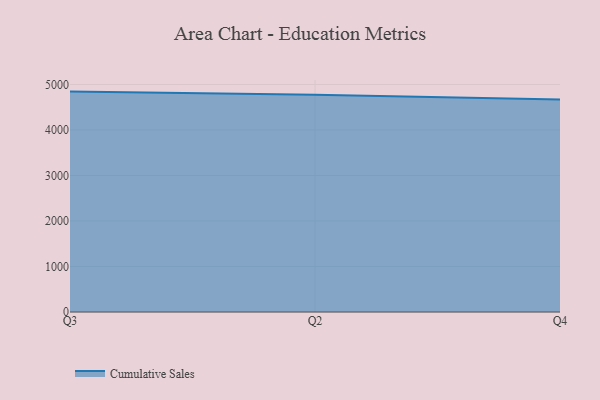
{"axis": {"x": "Quarter", "y": "Demand Index"}, "legend": ["Cumulative Sales"], "data": [{"x": "Q3", "y": 4843.3, "type": "Cumulative Sales"}, {"x": "Q2", "y": 4775.1, "type": "Cumulative Sales"}, {"x": "Q4", "y": 4670.3, "type": "Cumulative Sales"}]}